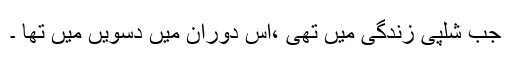
جب شلپی زندگی میں تھی ،اس دوران میں دسویں میں تھا ۔